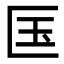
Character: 匤